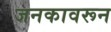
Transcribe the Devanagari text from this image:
जनकावरून